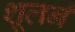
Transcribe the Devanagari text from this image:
शूलर्न